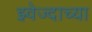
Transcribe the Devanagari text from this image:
झ्वेज्दाच्या